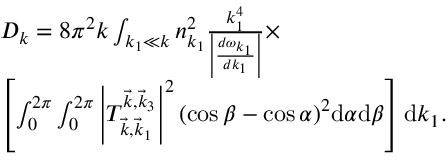
\begin{array} { r l } & { D _ { k } = 8 \pi ^ { 2 } k \int _ { k _ { 1 } \ll k } n _ { k _ { 1 } } ^ { 2 } \frac { k _ { 1 } ^ { 4 } } { \left| \frac { d \omega _ { k _ { 1 } } } { d k _ { 1 } } \right| } \times } \\ & { \left[ \int _ { 0 } ^ { 2 \pi } \int _ { 0 } ^ { 2 \pi } \left| T _ { \vec { k } , \vec { k } _ { 1 } } ^ { \vec { k } , \vec { k } _ { 3 } } \right| ^ { 2 } ( \cos \beta - \cos \alpha ) ^ { 2 } \mathrm d \alpha \mathrm d \beta \right] \mathrm d k _ { 1 } . } \end{array}